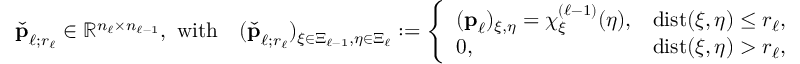
\begin{array} { r } { \check { \boldsymbol { \mathbf { p } } } _ { \ell ; r _ { \ell } } \in \mathbb { R } ^ { n _ { \ell } \times n _ { \ell - 1 } } , \mathrm { ~ w i t h } \quad ( \check { \boldsymbol { \mathbf { p } } } _ { \ell ; r _ { \ell } } ) _ { \xi \in \Xi _ { \ell - 1 } , \eta \in \Xi _ { \ell } } : = \left\{ \begin{array} { l l } { ( \boldsymbol { \mathbf { p } } _ { \ell } ) _ { \xi , \eta } = \chi _ { \xi } ^ { ( \ell - 1 ) } ( \eta ) , } & { \mathrm { d i s t } ( \xi , \eta ) \le r _ { \ell } , } \\ { 0 , } & { \mathrm { d i s t } ( \xi , \eta ) > r _ { \ell } , } \end{array} \right. } \end{array}